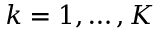
k = 1 , \dots , K